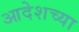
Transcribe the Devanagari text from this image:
आदेशच्या